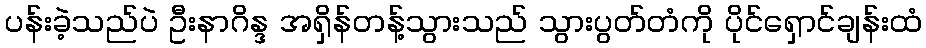
ပန်းခဲ့သည်ပဲ ဦးနာဂိန္ဒ အရှိန်တန့်သွားသည် သွားပွတ်တံကို ပိုင်ရှောင်ချန်းထံ